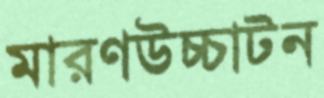
মারণউচ্চাটন